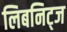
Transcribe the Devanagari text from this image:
लिबनिट्ज